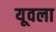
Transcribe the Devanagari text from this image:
यूवला